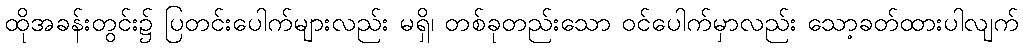
ထိုအခန်းတွင်း၌ ပြတင်းပေါက်များလည်း မရှိ၊ တစ်ခုတည်းသော ဝင်ပေါက်မှာလည်း သော့ခတ်ထားပါလျက်